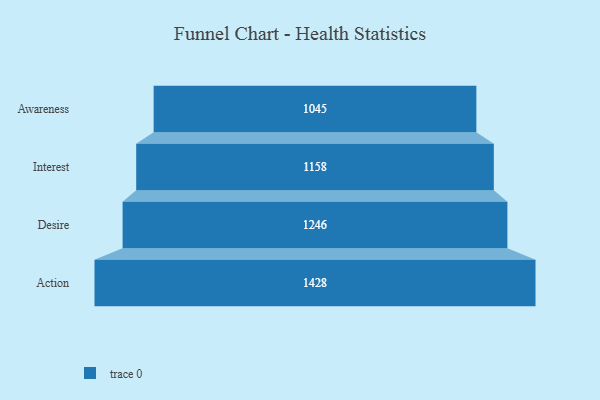
{"axis": {"x": "Stage", "y": "Value"}, "legend": [""], "data": [{"x": "Awareness", "y": 1045.0, "type": ""}, {"x": "Interest", "y": 1158.0, "type": ""}, {"x": "Desire", "y": 1246.0, "type": ""}, {"x": "Action", "y": 1428.0, "type": ""}]}